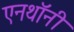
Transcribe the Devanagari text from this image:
एनथॉनी